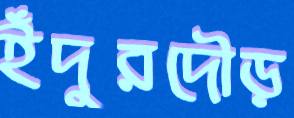
ইঁদুরদৌড়